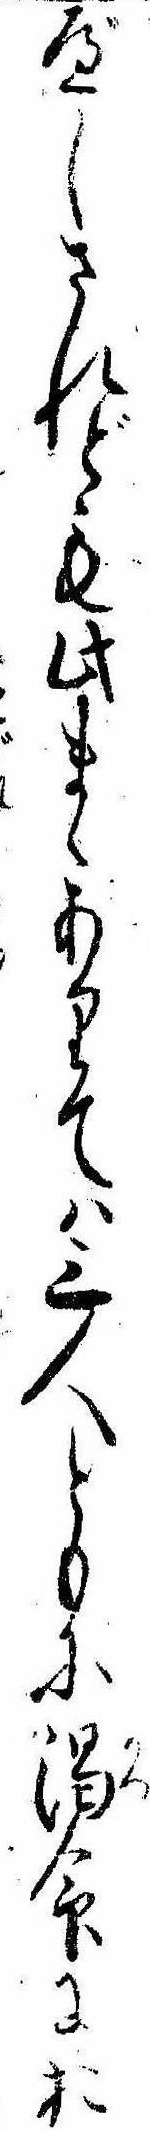
べしされども此まゝありては三人ともに渇命にお